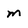
Character: m